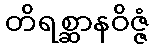
တိရစ္ဆာနဝိဇ္ဇံ